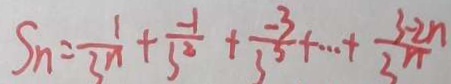
S _ { n } = \frac { 1 } { 3 ^ { n } } + \frac { - 1 } { 3 ^ { 2 } } + \frac { - 3 } { 3 ^ { 3 } } + \cdots + \frac { 3 - 2 n } { 3 ^ { n } }